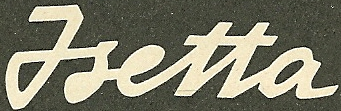
Jsetta